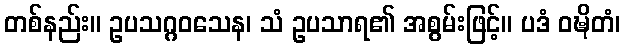
တစ်နည်း။ ဥပသဂ္ဂဝသေန၊ သံ ဥပသာရ၏ အစွမ်းဖြင့်။ ပဒံ ဝဍ္ဎိတံ၊